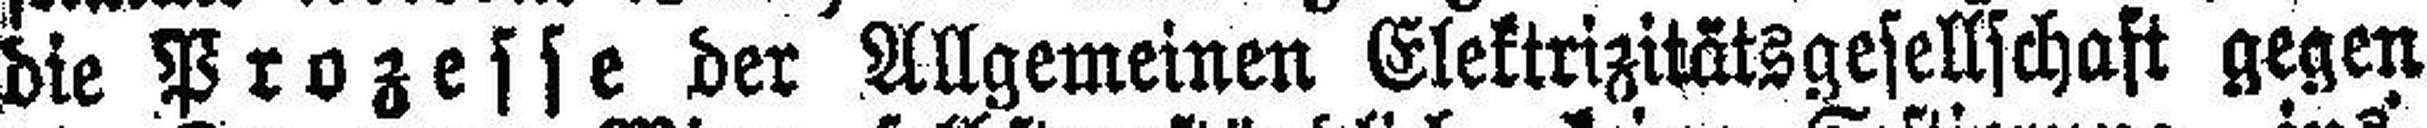
die Prozesse der Allgemeinen Elektrizitätsgesellschaft gegen